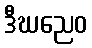
ဒီဃညေဝ